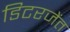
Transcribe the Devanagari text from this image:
डिटरजेंत